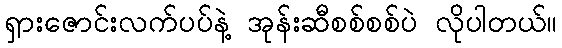
ရှားဇောင်းလက်ပပ်နဲ့ အုန်းဆီစစ်စစ်ပဲ လိုပါတယ်။